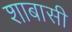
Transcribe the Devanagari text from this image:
शाबासी